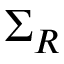
\Sigma _ { R }